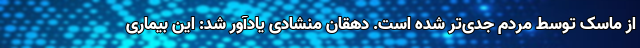
از ماسک توسط مردم جدی‌تر شده است. دهقان منشادی یادآور شد: این بیماری